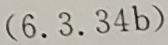
$(6.3.34b)$